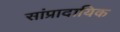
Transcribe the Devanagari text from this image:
सांप्रादायिक